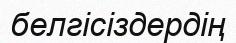
белгісіздердің